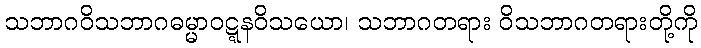
သဘာဂဝိသဘာဂဓမ္မာဝဋ္ဋနဝိသယော၊ သဘာဂတရား ဝိသဘာဂတရားတို့ကို